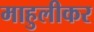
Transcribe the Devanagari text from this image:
माहुलीकर